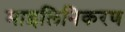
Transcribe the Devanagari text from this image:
माइलिनिकरण